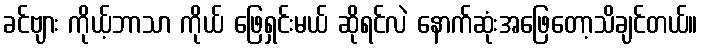
ခင်ဗျား ကိုယ့်ဘာသာ ကိုယ် ဖြေရှင်းမယ် ဆိုရင်လဲ နောက်ဆုံးအဖြေတော့သိချင်တယ်။